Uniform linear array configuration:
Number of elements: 32
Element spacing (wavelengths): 0.25
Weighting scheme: uniform
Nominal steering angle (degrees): -45
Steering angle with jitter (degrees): -45.686
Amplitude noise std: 0.05
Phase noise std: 0.05

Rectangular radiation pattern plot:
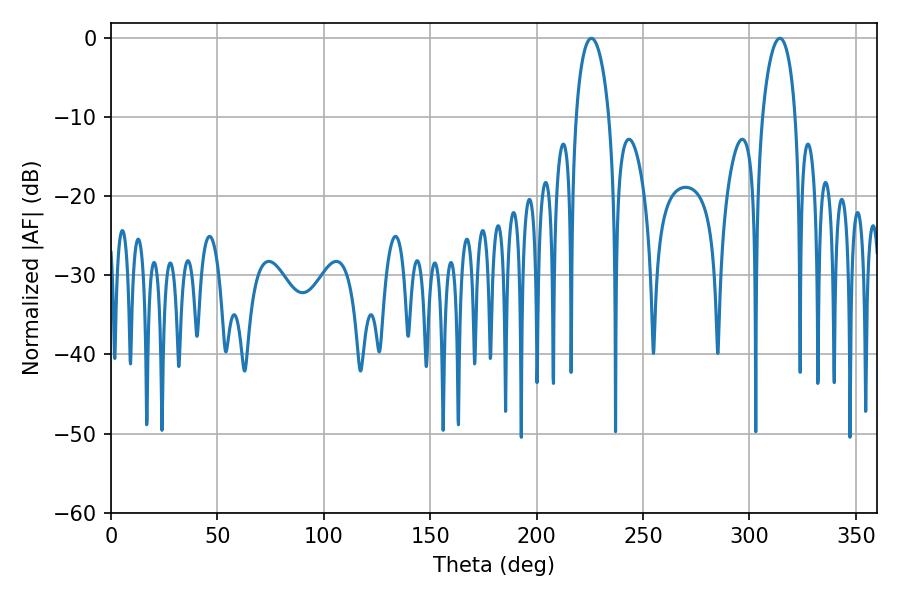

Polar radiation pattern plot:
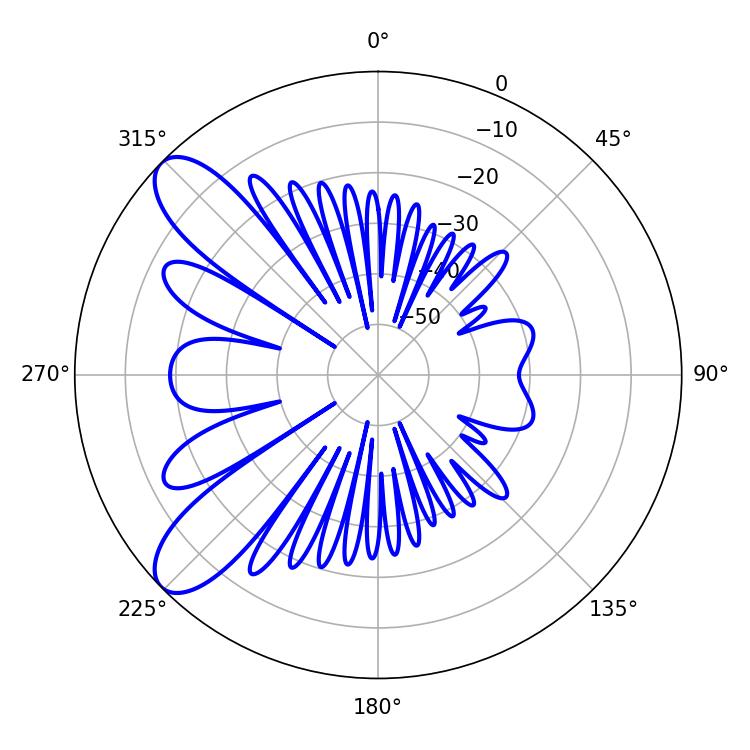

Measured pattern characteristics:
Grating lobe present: FALSE
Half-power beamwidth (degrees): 9
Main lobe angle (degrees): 225.72